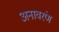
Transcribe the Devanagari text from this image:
अनावरंण